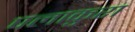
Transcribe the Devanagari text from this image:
पलाकुरा